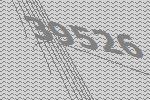
39526